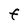
Character: F